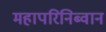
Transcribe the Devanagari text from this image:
महापरिनिब्वान